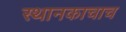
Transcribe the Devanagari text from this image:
स्थानकाचाच